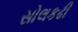
સોલકઢી